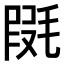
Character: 𣮱